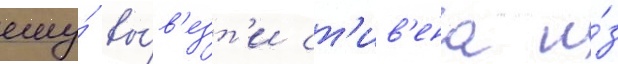
ему́ вы́в'езт'и ст'ив'ена и́з